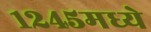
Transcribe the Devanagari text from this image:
१२४५मध्ये